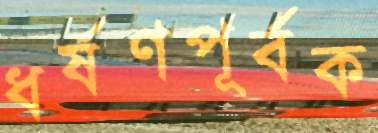
ধর্ষণপূর্বক